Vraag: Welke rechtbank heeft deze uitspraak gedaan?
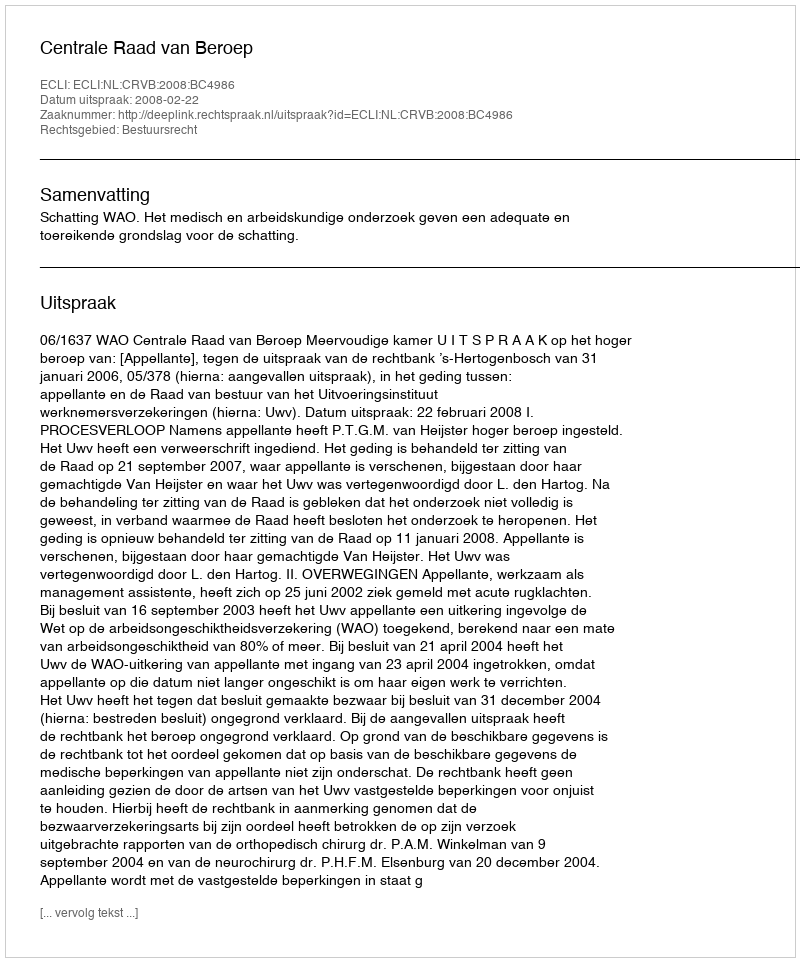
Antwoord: Centrale Raad van Beroep